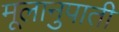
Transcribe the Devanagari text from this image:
मूलानुपाती